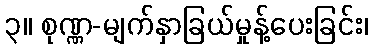
၃။ စုဏ္ဏ-မျက်နှာခြယ်မှုန့်ပေးခြင်း၊